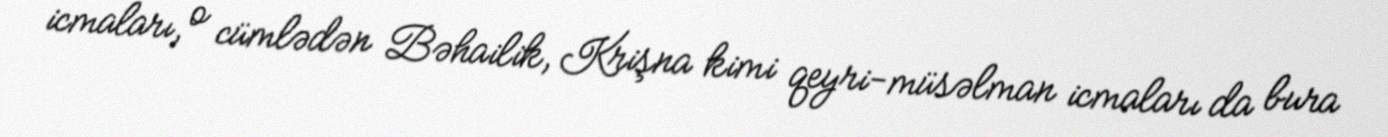
icmaları, o cümlədən Bəhailik, Krişna kimi qeyri-müsəlman icmaları da bura